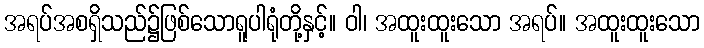
အရပ်အစရှိသည်၌ဖြစ်သောရူပါရုံတို့နှင့်။ ဝါ၊ အထူးထူးသော အရပ်။ အထူးထူးသော